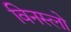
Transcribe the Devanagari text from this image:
विनस्‍लो